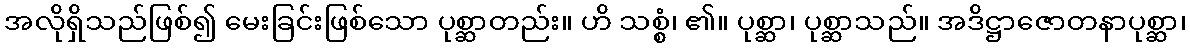
အလိုရှိသည်ဖြစ်၍ မေးခြင်းဖြစ်သော ပုစ္ဆာတည်း။ ဟိ သစ္စံ၊ ၏။ ပုစ္ဆာ၊ ပုစ္ဆာသည်။ အဒိဋ္ဌာဇောတနာပုစ္ဆာ၊